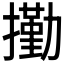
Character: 𰔭